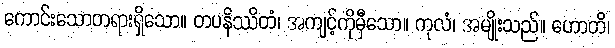
ကောင်းသောတရားရှိသော။ တပနိဿိတံ၊ အကျင့်ကိုမှီသော။ ကုလံ၊ အမျိုးသည်။ ဟောတိ၊